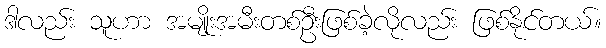
ဒါလည်း သူဟာ အမျိုးအမီးတစ်ဦးဖြစ်ခဲ့လိုလည်း ဖြစ်နိုင်တယ်။